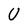
Character: U